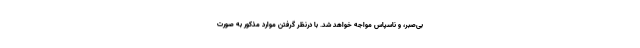
بی‌صبر، و ناسپاس مواجه خواهد شد. با درنظر گرفتن موارد مذکور به صورت